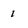
Character: 1